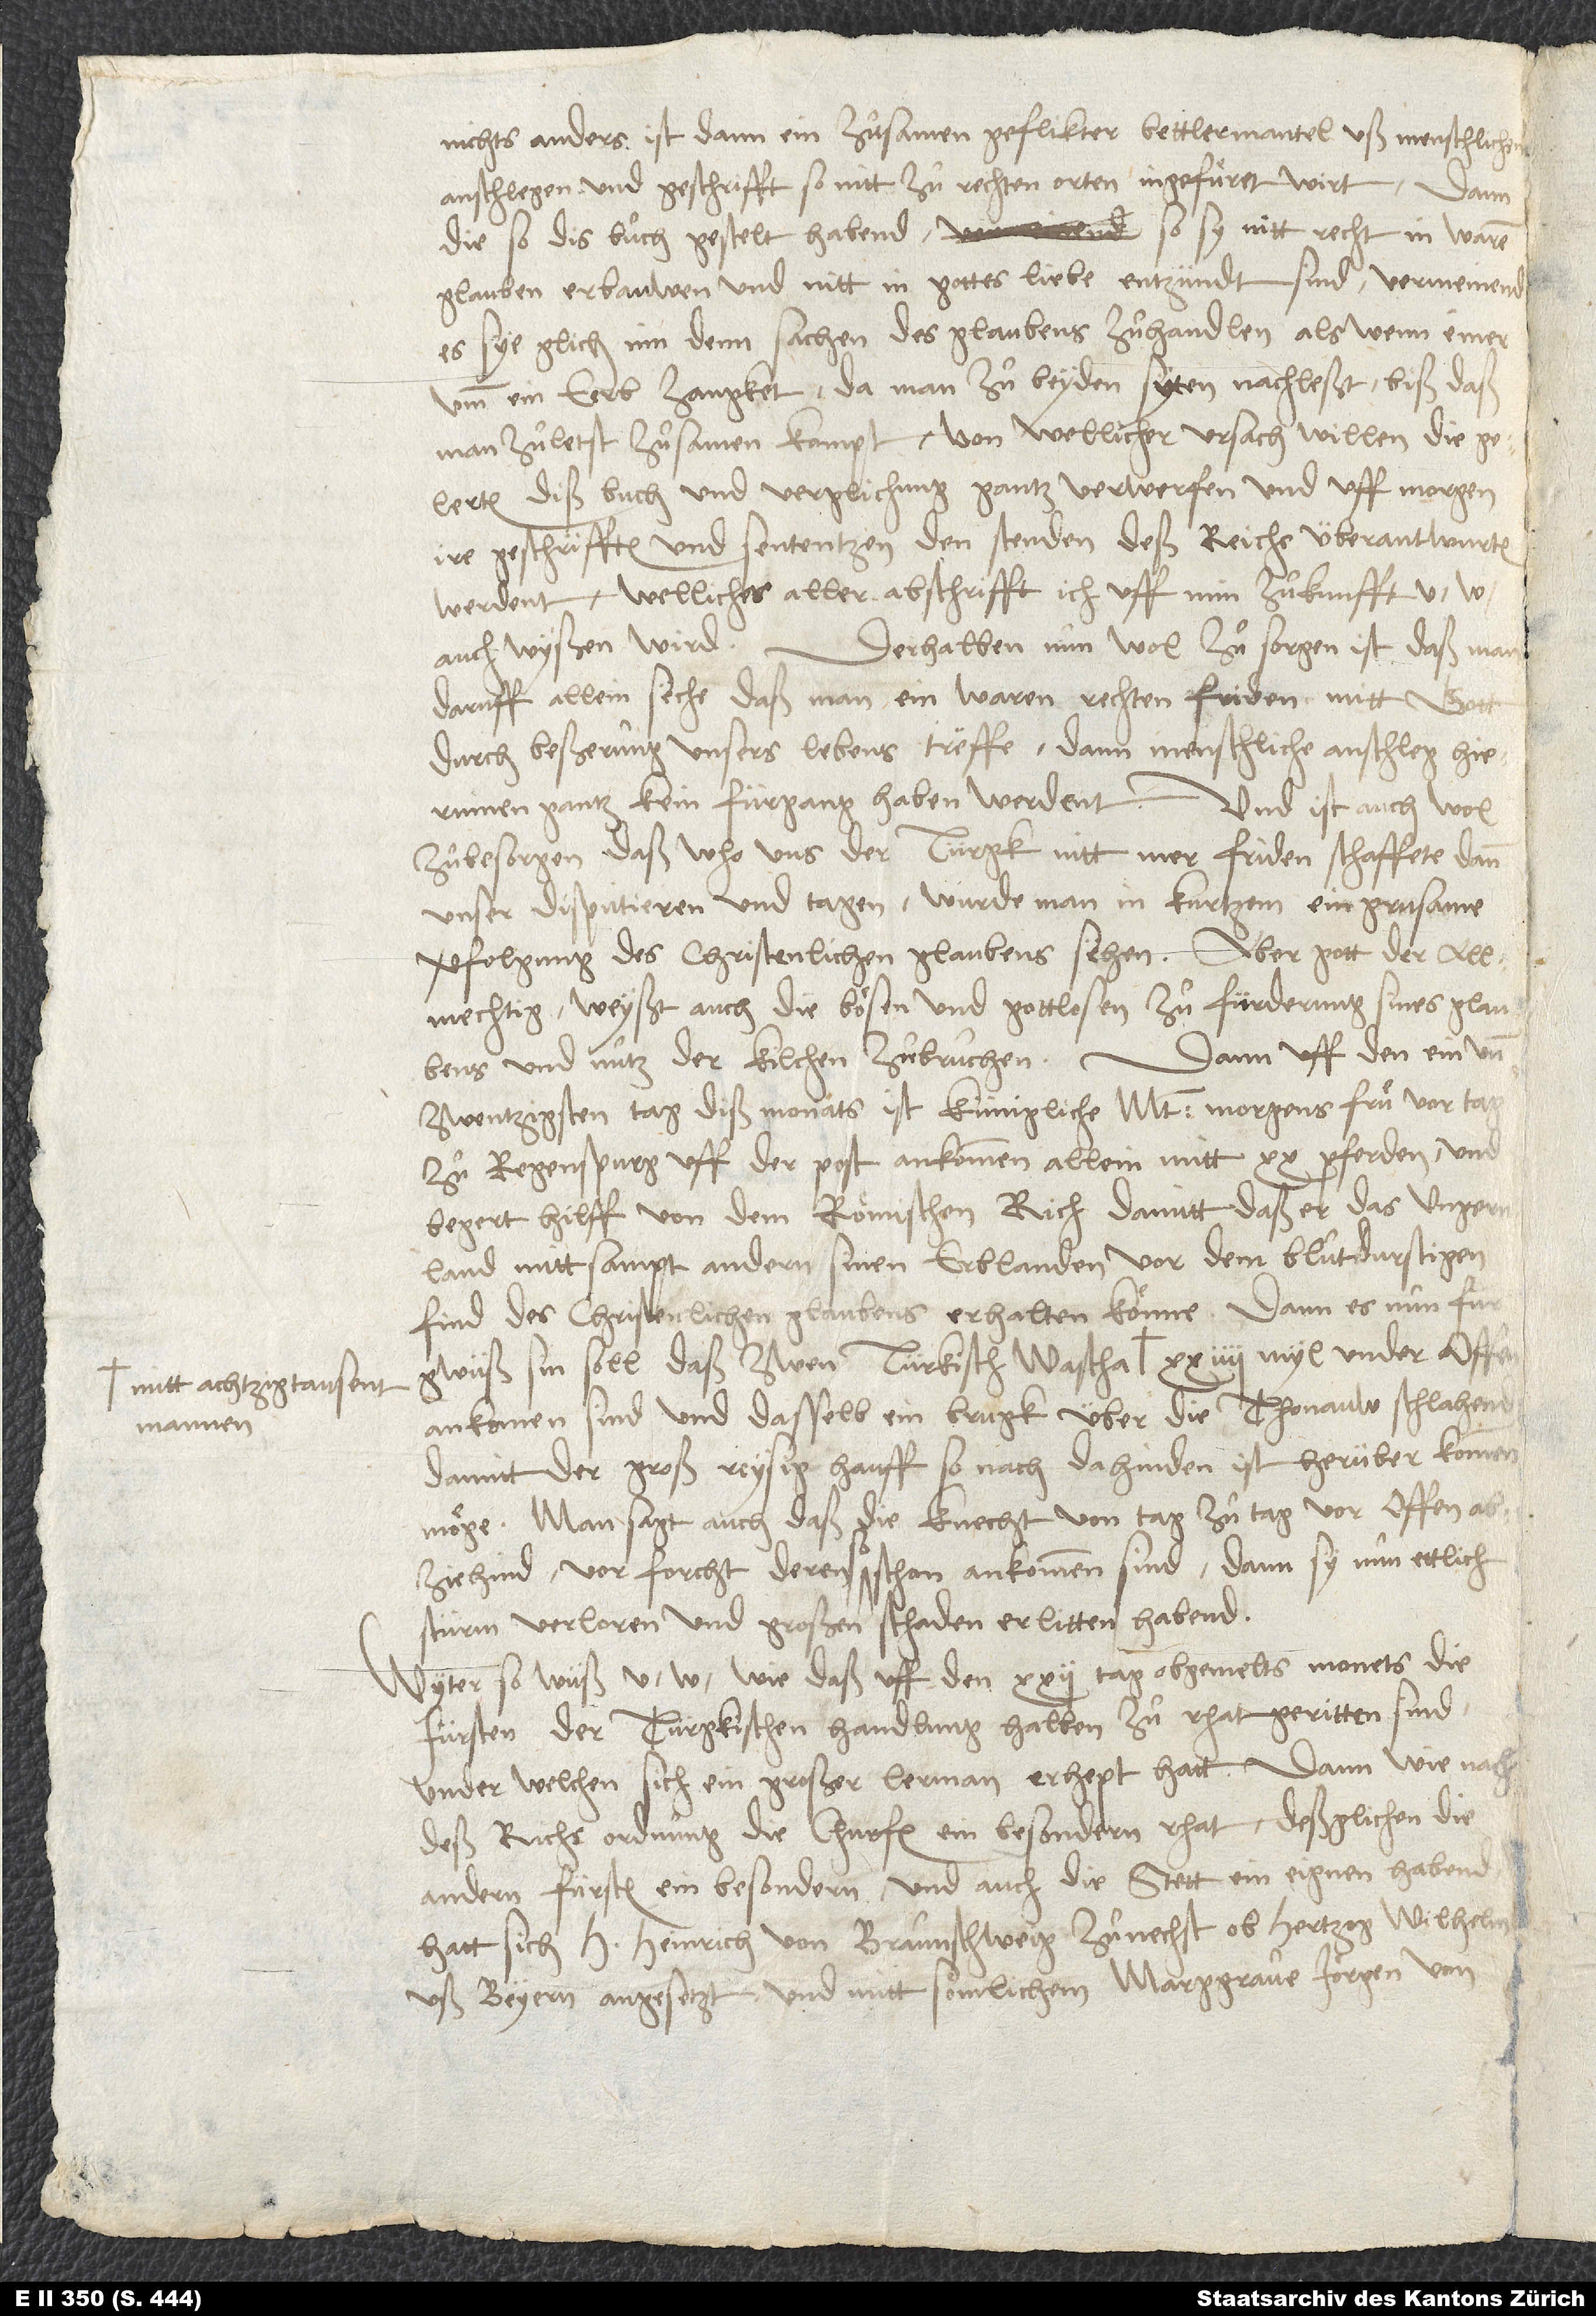
achtzigtausent
mannen

nichts anders ist dann ein zuͦsamen geflikter bettlermantel uß menschlichen
anschlegen und geschrifft, so nitt zuͦ rechten orten ingefuͤret wirt. Dann
die, so dis buͦch gestellt habend, so sy nitt recht in warem
glauben erbauwen und nitt in gottes liebe entzündt sind, vermeinend,
es sye glich inn denn sachen des glaubens zuͦhandlen, als wenn einer
umb ein eerb zangket, da man zuͦ beyden syten nachleßt, biß daß
man zuͦletzt zuͦsamen kompt. Von wellicher ursach willen die
gelerten diß buͦch und verglichung gantz verwerfen und uff morgen
ire geschrifften und sententzen den stenden deß reichs überantwurten
werdent, wellicher aller abschrifft ich uff min zuͦkunfft u
auch wyßen wird. Derhalben nun wol zuͦ sorgen ist, daß man
daruff allein seche, daß man ein waren, rechten friden mitt gott
durch beßerung unsers lebens treffe, dann menschliche anschleg
zuͦbesorgen, daß, who uns der Türgk nitt mer friden schaffete dann
unser disputieren und tagen, wurde man in kurtzem ein grusame
verfolgung des christenlichen glaubens sehen. Aber gott der allmechtig
weyßt auch die bösen und gottlosen zuͦ fürderung sines glaubens
und nutz der kilchen zuͦbruchen. Dann uff den ein und
zwentzigsten tag diß monats ist künigliche mt. morgens fruͤ vor tag
zuͦ Regenspurg uff der post ankommen, allein mitt 20 pferden, und
begert hilff von dem römischen rich, damitt daß er das Ungernland
mitt sampt andern sinen erblanden vor dem bluͦtdurstigen
find des christenlichen glaubens erhalten könne. Dann es nun für
ankomen sind und dasselb ein brugk über die Thonauw schlahend,
damitt der groß reysig hauff, so nach dahinden ist, herüber kommen
möge. Man sagt auch, daß die knecht von tag zuͦ tag vor Offen
abziehind vor forcht deren, so schon ankommen sind, dann sy nun ettlich
stürm verloren und großen schaden erlitten habend.
Wyter, so wüß u. w., wie daß uff den 22. tag obgemelts monets die
fürsten der türgkischen handlung halben zuͦ rhat geritten sind,
under welchen sich ein großer lerman erhept hatt. Dann wie nach
deß richs ordnung die churfürsten ein besondern rhat, deßglichen die
andern fürsten ein besondern und auch die stett ein eignen habend,
hatt sich h Heinrich von Braunschweig zuͦnechst ob hertzog Wilhelm
uß Beyern angesetzt und mitt sömlichem marggrave Jörgen von